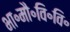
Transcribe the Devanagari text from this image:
भा॰मौ॰वि॰वि॰